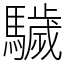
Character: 䮹